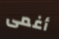
أغمى